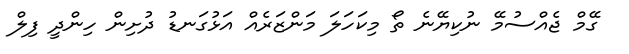
ގޭމް ޖެއްސުމޭ ނުކިޔޭނެ ތޯ މިކަހަލަ މަންޒަރެއް އަޅުގަނޑު ދުށިން ހިންދީ ފިލް